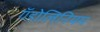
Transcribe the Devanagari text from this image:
गॅडोलिनियम